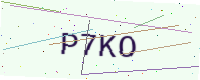
Text: P7KO